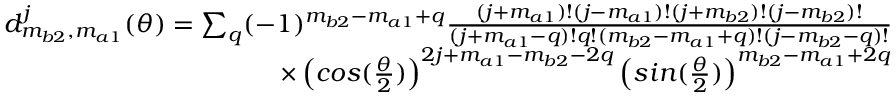
\begin{array} { r } { d _ { m _ { b 2 } , m _ { a 1 } } ^ { j } ( \theta ) = \sum _ { q } ( - 1 ) ^ { m _ { b 2 } - m _ { a 1 } + q } \frac { ( j + m _ { a 1 } ) ! ( j - m _ { a 1 } ) ! ( j + m _ { b 2 } ) ! ( j - m _ { b 2 } ) ! } { ( j + m _ { a 1 } - q ) ! q ! ( m _ { b 2 } - m _ { a 1 } + q ) ! ( j - m _ { b 2 } - q ) ! } } \\ { \times \left( c o s ( \frac { \theta } { 2 } ) \right) ^ { 2 j + m _ { a 1 } - m _ { b 2 } - 2 q } \left( s i n ( \frac { \theta } { 2 } ) \right) ^ { m _ { b 2 } - m _ { a 1 } + 2 q } } \end{array}